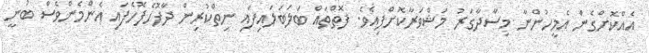
އެއްކޮށްގެން އެމީހުންނާ މިސާދާގަރު މަޝްވަރާކޮށްފިއެވެ. ފޮތްތައް ބަލަބަލައިފައި ނިތްކުރިން ދާފޮހެފޮހެފައި އެންމެންވެސް ބުނީ